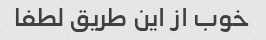
خوب از این طریق لطفا